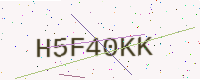
Text: H5F40KK